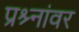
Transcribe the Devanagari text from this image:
प्रश्र्नांवर